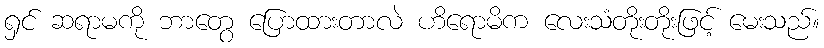
ရှင် ဆရာမကို ဘာတွေ ပြောထားတာလဲ ဟိရောမိက လေးသံတိုးတိုးဖြင့် မေးသည်။